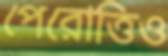
পেরোত্তিও